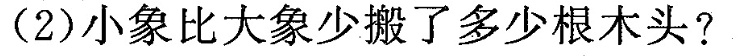
(2)小象比大象少搬了多少根木头?